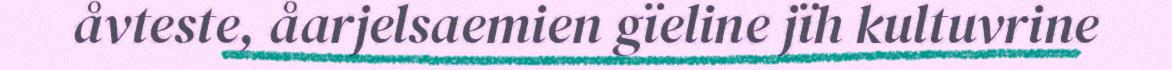
åvteste, åarjelsaemien gïeline jïh kultuvrine